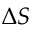
\Delta S